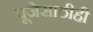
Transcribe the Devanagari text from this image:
पूजेसाठीही